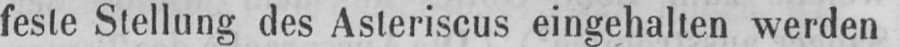
feste Stellung des Asteriscus eingehalten werden